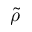
\tilde { \rho }